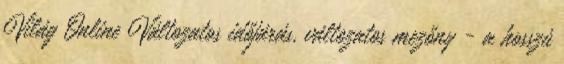
Világ Online Változatos időjárás, változatos mezőny - a hosszú